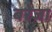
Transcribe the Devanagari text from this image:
बरेजा